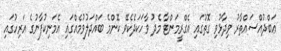
ޢަބްދުއްސައްތާރު ވިދާޅުވި ގޮތުގައި އެގްރީމަންޓާ މެދު ވާހަކަދެކެވޭ ކޮންމެ ބައްދަލުވުމެއްގައި އެމަނިކުފާނުގެ އަރިހުގައި